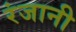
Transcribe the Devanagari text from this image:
रंजानी